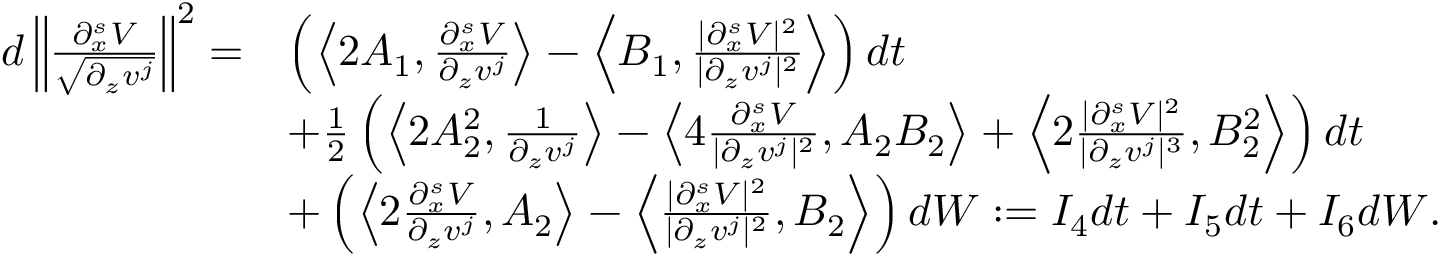
\begin{array} { r l } { d \left\| \frac { \partial _ { x } ^ { s } V } { \sqrt { \partial _ { z } v ^ { j } } } \right\| ^ { 2 } = } & { \left( \left\langle 2 A _ { 1 } , \frac { \partial _ { x } ^ { s } V } { \partial _ { z } v ^ { j } } \right\rangle - \left\langle B _ { 1 } , \frac { | \partial _ { x } ^ { s } V | ^ { 2 } } { | \partial _ { z } v ^ { j } | ^ { 2 } } \right\rangle \right) d t } \\ & { + \frac 1 2 \left( \left\langle 2 A _ { 2 } ^ { 2 } , \frac 1 { \partial _ { z } v ^ { j } } \right\rangle - \left\langle 4 \frac { \partial _ { x } ^ { s } V } { | \partial _ { z } v ^ { j } | ^ { 2 } } , A _ { 2 } B _ { 2 } \right\rangle + \left\langle 2 \frac { | \partial _ { x } ^ { s } V | ^ { 2 } } { | \partial _ { z } v ^ { j } | ^ { 3 } } , B _ { 2 } ^ { 2 } \right\rangle \right) d t } \\ & { + \left( \left\langle 2 \frac { \partial _ { x } ^ { s } V } { \partial _ { z } v ^ { j } } , A _ { 2 } \right\rangle - \left\langle \frac { | \partial _ { x } ^ { s } V | ^ { 2 } } { | \partial _ { z } v ^ { j } | ^ { 2 } } , B _ { 2 } \right\rangle \right) d W : = I _ { 4 } d t + I _ { 5 } d t + I _ { 6 } d W . } \end{array}